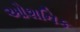
ઓશનિક